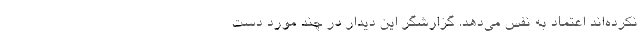
نکرده‌اند اعتماد به نفس می‌دهد. گزارشگر این دیدار در چند مورد دست